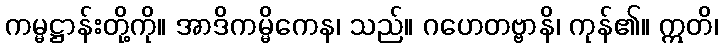
ကမ္မဋ္ဌာန်းတို့ကို။ အာဒိကမ္မိကေန၊ သည်။ ဂဟေတဗ္ဗာနိ၊ ကုန်၏။ ဣတိ၊